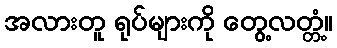
အလားတူ ရုပ်များကို တွေ့လတ္တံ့။